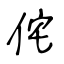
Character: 侘